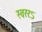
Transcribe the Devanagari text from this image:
स्वररऽ